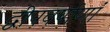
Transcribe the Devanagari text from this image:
द्वीपवर्षाणां